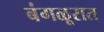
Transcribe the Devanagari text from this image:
बंगळूरात